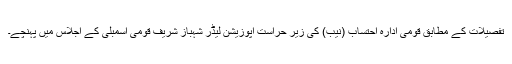
تفصیلات کے مطابق قومی ادارہ احتساب (نیب) کی زیر حراست اپوزیشن لیڈر شہباز شریف قومی اسمبلی کے اجلاس میں پہنچے۔